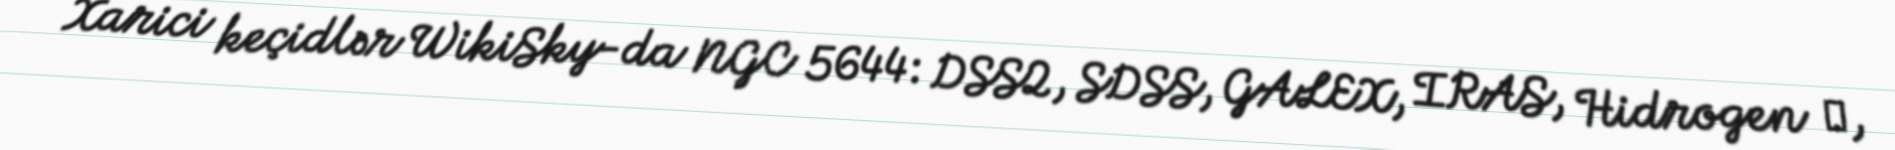
Xarici keçidlər WikiSky-da NGC 5644: DSS2, SDSS, GALEX, IRAS, Hidrogen α,